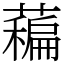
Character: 藊